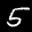
Label: 5